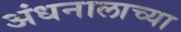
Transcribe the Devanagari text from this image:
अंधनालाच्या